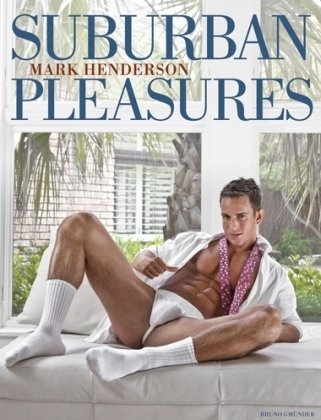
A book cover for Suburban Pleasures; Arts & Photography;